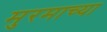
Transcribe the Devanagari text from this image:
मुरमाच्या